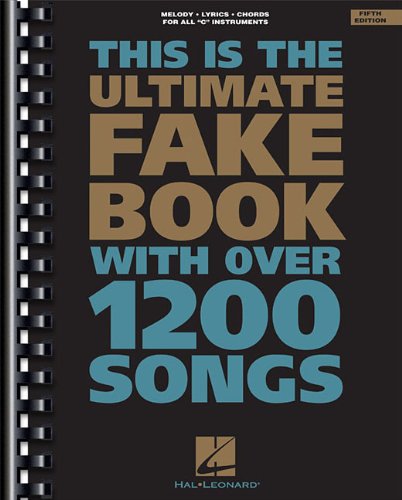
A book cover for The Ultimate Fake Book (for C Instruments); Arts & Photography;